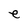
Character: e